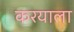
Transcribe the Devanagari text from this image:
करयाला